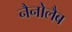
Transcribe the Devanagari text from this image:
नैनोलैब